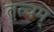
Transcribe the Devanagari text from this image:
तत्वम्